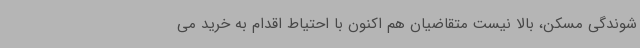
شوندگی مسکن، بالا نیست متقاضیان هم اکنون با احتیاط اقدام به خرید می